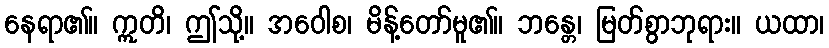
နေရာ၏။ ဣတိ၊ ဤသို့။ အဝေါစ၊ မိန့်တော်မူ၏။ ဘန္တေ၊ မြတ်စွာဘုရား။ ယထာ၊